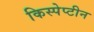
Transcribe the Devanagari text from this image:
किस्पेप्टीन